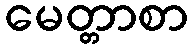
မေတ္တာစာ